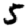
Digit: 5